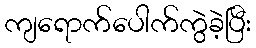
ကျရောက်ပေါက်ကွဲခဲ့ပြီး